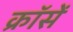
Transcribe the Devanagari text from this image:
क्रॉसें